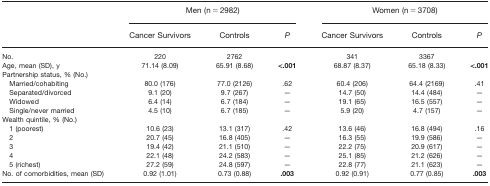
<table><thead><tr><td rowspan="2"></td><td colspan="3"><b>Men (n = 2982)</b></td><td colspan="3"><b>Women (n = 3708)</b></td></tr><tr><td><b>Cancer Survivors</b></td><td><b>Controls</b></td><td><b><i>P</i></b></td><td><b>Cancer Survivors</b></td><td><b>Controls</b></td><td><b><i>P</i></b></td></tr></thead><tbody><tr><td>No.</td><td>220</td><td>2762</td><td></td><td>341</td><td>3367</td><td></td></tr><tr><td>Age, mean (SD), y</td><td>71.14 (8.09)</td><td>65.91 (8.68)</td><td><b>&lt;.001</b></td><td>68.87 (8.37)</td><td>65.18 (8.33)</td><td><b>&lt;.001</b></td></tr><tr><td>Partnership status, % (No.)</td><td></td><td></td><td></td><td></td><td></td><td></td></tr><tr><td>Married/cohabiting</td><td>80.0 (176)</td><td>77.0 (2126)</td><td>.62</td><td>60.4 (206)</td><td>64.4 (2169)</td><td>.41</td></tr><tr><td>Separated/divorced</td><td>9.1 (20)</td><td>9.7 (267)</td><td>—</td><td>14.7 (50)</td><td>14.4 (484)</td><td>—</td></tr><tr><td>Widowed</td><td>6.4 (14)</td><td>6.7 (184)</td><td>—</td><td>19.1 (65)</td><td>16.5 (557)</td><td>—</td></tr><tr><td>Single/never married</td><td>4.5 (10)</td><td>6.7 (185)</td><td>—</td><td>5.9 (20)</td><td>4.7 (157)</td><td>—</td></tr><tr><td>Wealth quintile, % (No.)</td><td></td><td></td><td></td><td></td><td></td><td></td></tr><tr><td>1 (poorest)</td><td>10.6 (23)</td><td>13.1 (317)</td><td>.42</td><td>13.6 (46)</td><td>16.8 (494)</td><td>.16</td></tr><tr><td>2</td><td>20.7 (45)</td><td>16.8 (405)</td><td>—</td><td>16.3 (55)</td><td>19.9 (586)</td><td>—</td></tr><tr><td>3</td><td>19.4 (42)</td><td>21.1 (510)</td><td>—</td><td>22.2 (75)</td><td>20.9 (617)</td><td>—</td></tr><tr><td>4</td><td>22.1 (48)</td><td>24.2 (583)</td><td>—</td><td>25.1 (85)</td><td>21.2 (626)</td><td>—</td></tr><tr><td>5 (richest)</td><td>27.2 (59)</td><td>24.8 (597)</td><td>—</td><td>22.8 (77)</td><td>21.1 (623)</td><td>—</td></tr><tr><td>No. of comorbidities, mean (SD)</td><td>0.92 (1.01)</td><td>0.73 (0.88)</td><td><b>.003</b></td><td>0.92 (0.91)</td><td>0.77 (0.85)</td><td><b>.003</b></td></tr></tbody></table>